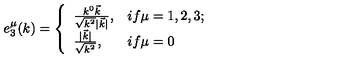
e _ { 3 } ^ { \mu } ( k ) = \left\{ \begin{array} { l l } { \frac { k ^ { 0 } \vec { k } } { \sqrt { k ^ { 2 } } | \vec { k } | } , } & { i f \mu = 1 , 2 , 3 ; } \\ { \frac { | \vec { k } | } { \sqrt { k ^ { 2 } } } , } & { i f \mu = 0 } \\ \end{array} \right.